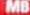
MB